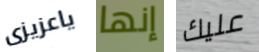
ياعزيزى إنها عليك